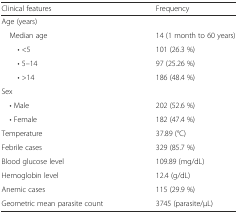
<table><thead><tr><td><b>Clinical features</b></td><td><b>Frequency</b></td></tr></thead><tbody><tr><td colspan="2">Age (years)</td></tr><tr><td> Median age</td><td>14 (1 month to 60 years)</td></tr><tr><td>• &lt;5</td><td>101 (26.3 %)</td></tr><tr><td>• 5–14</td><td>97 (25.26 %)</td></tr><tr><td>• &gt;14</td><td>186 (48.4 %)</td></tr><tr><td colspan="2">Sex</td></tr><tr><td> • Male</td><td>202 (52.6 %)</td></tr><tr><td> • Female</td><td>182 (47.4 %)</td></tr><tr><td>Temperature</td><td>37.89 (°C)</td></tr><tr><td>Febrile cases</td><td>329 (85.7 %)</td></tr><tr><td>Blood glucose level</td><td>109.89 (mg/dL)</td></tr><tr><td>Hemoglobin level</td><td>12.4 (g/dL)</td></tr><tr><td>Anemic cases</td><td>115 (29.9 %)</td></tr><tr><td>Geometric mean parasite count</td><td>3745 (parasite/μL)</td></tr></tbody></table>